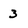
Character: 3